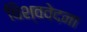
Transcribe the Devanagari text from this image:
विश्ववेदना